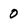
Character: 0